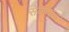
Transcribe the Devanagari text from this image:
सेकांड्स